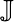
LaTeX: \mathbb{J}